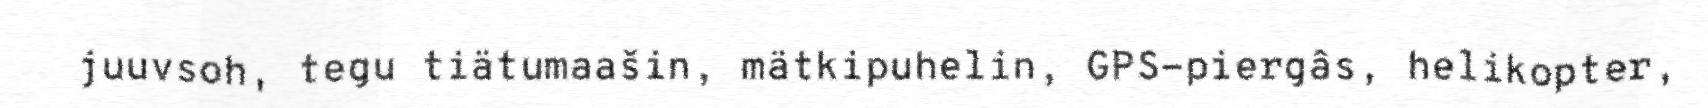
juuvsoh, tegu tiätumaašin, mätkipuhelin, GPS-piergâs, helikopter,